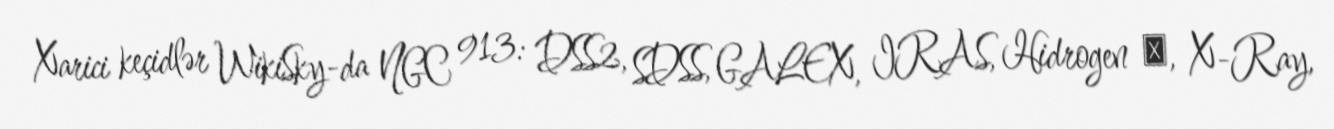
Xarici keçidlər WikiSky-da NGC 913: DSS2, SDSS, GALEX, IRAS, Hidrogen α, X-Ray,